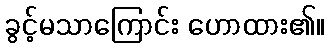
ခွင့်မသာကြောင်း ဟောထား၏။